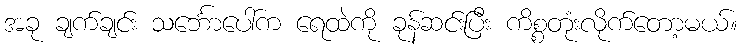
အခု ချက်ချင်း သင်္ဘောပေါ်က ရေထဲကို ခုန်ဆင်းပြီး ကိစ္စတုံးလိုက်တော့မယ်။